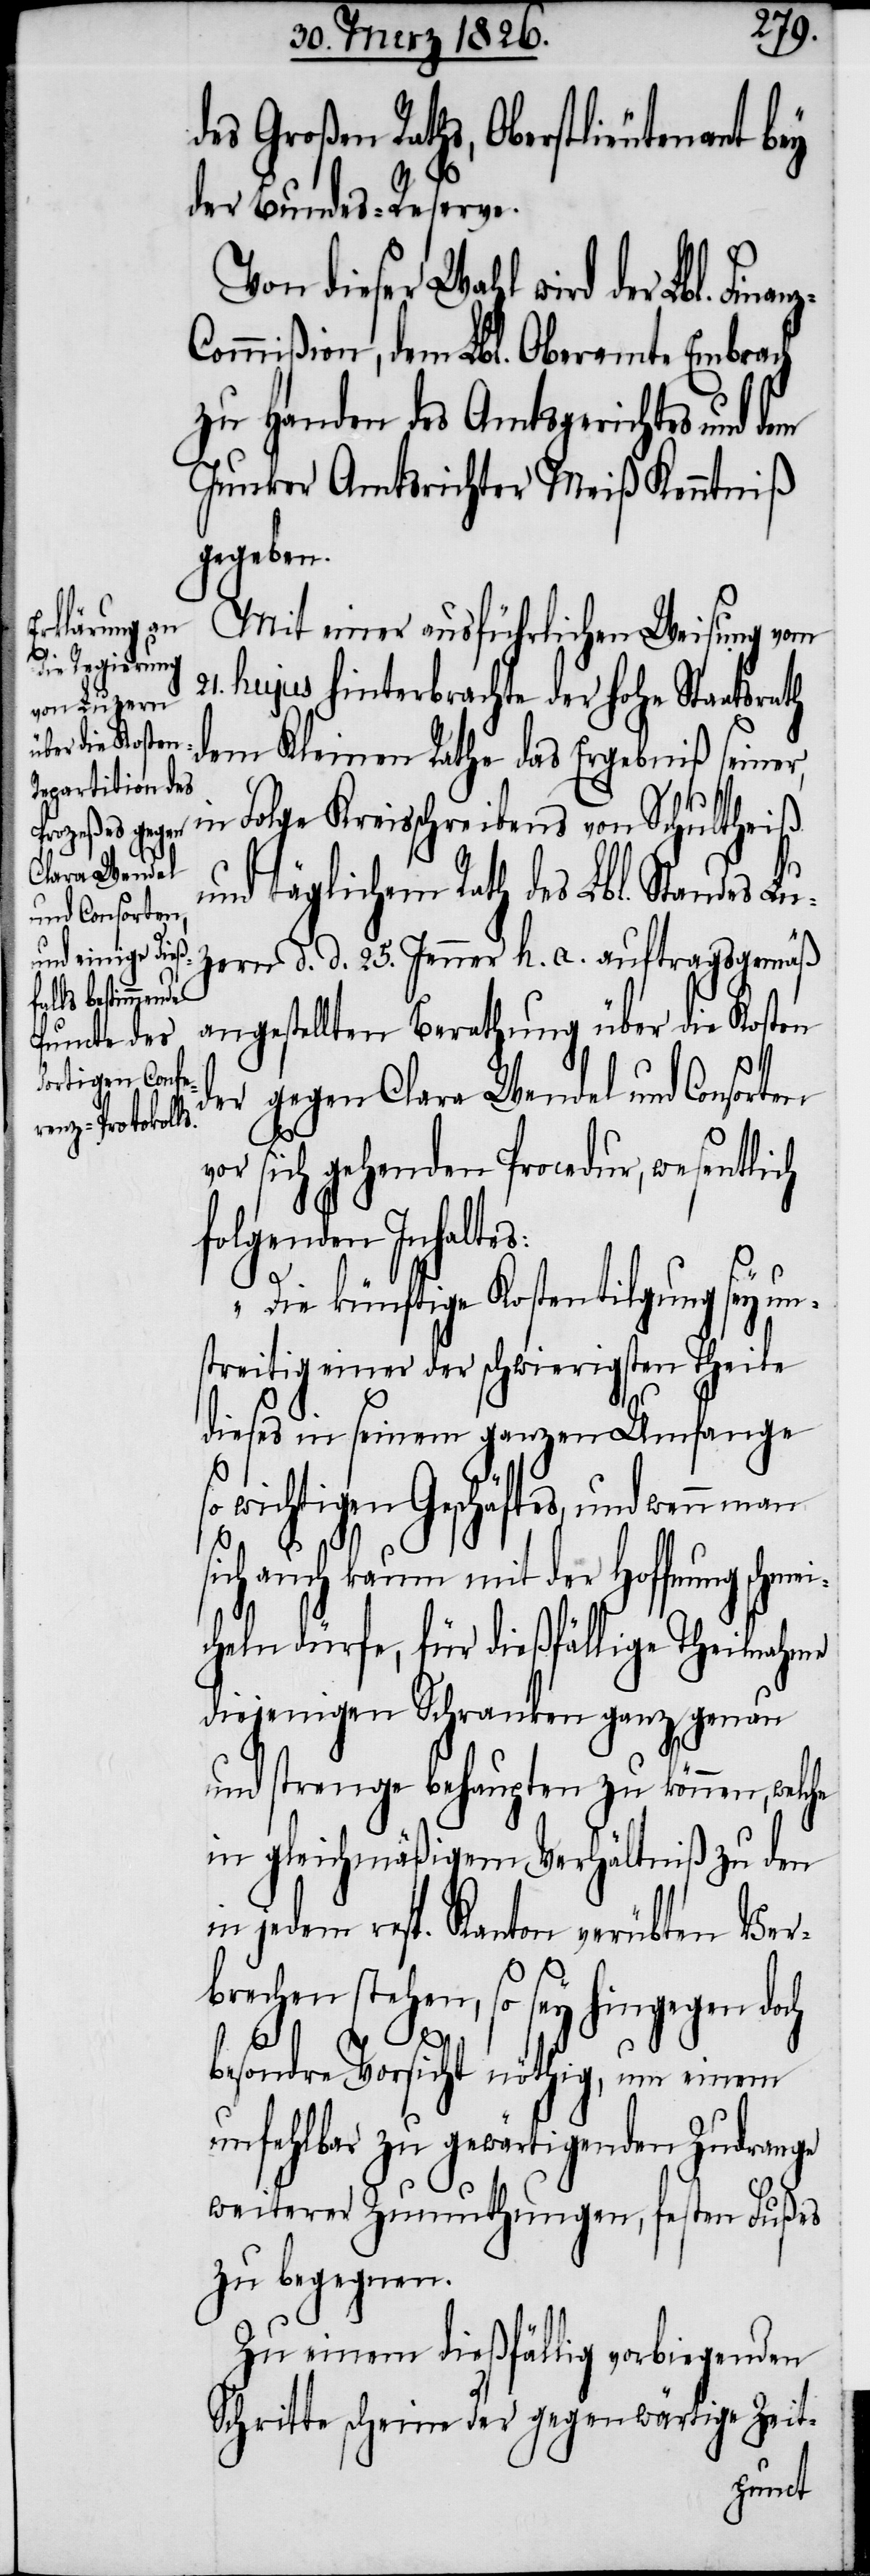
anz-Co¬

des Großen Raths, Oberstlieutenant bey
der Bundes-Reserve.
Von dieser Wahl wird der Lbl. Fin¬
mmißion, dem Lbl. Oberamte Embrach
zu Handen des Amtsgerichtes und dem
Junker Amtsrichter Meiß Kenntniß
gegeben.
Mit einer ausführlichen Weisung vom
21. hujus hinterbrachte der hohe Staatsrath
dem Kleinen Rathe das Ergebniß seiner,
in Folge Kreisschreibens von Schultheiß
und täglichem Rath des Lbl. Standes Lu¬
zern d. d. 25. Jenner h. a. auftragsgemäß
angestellten Berathung über die Kosten
der gegen Clara Wendel und Consorten
vor sich gehenden Procedur, wesentlich
folgenden Inhaltes:
„Die künftige Kostentilgung sey un¬
streitig einer der schwierigsten Theile
dieses in seinem ganzen Umfange
so wichtigen Geschäftes, und wenn man
ei¬
sich auch kaum mit der Hoffnung schm¬
cheln dürfe, für dießfällige Theilnehmer
diejenigen Schranken ganz genau
und strenge behaupten zu können, welche
in gleichmäßigem Verhältniß zu den
in jedem resp. Kanton verübten Ver¬
brechen stehen, so sey hingegen doch
besondre Vorsicht nöthig, um einem
unfehlbar zu gewärtigenden Zudrange
weiterer Zumuthungen, festen Fußes
zu begegnen.
Zu einem dießfällig vorbiegenden
Schritte scheine der gegenwärtige Zeit-